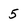
Character: 5